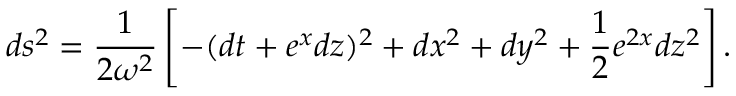
d s ^ { 2 } = \frac 1 { 2 \omega ^ { 2 } } \left[ - ( d t + e ^ { x } d z ) ^ { 2 } + d x ^ { 2 } + d y ^ { 2 } + \frac 1 2 e ^ { 2 x } d z ^ { 2 } \right] .